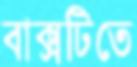
বাক্সটিতে